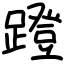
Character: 蹬